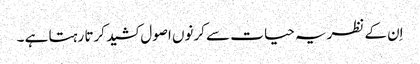
اِن کے نظریہ حیا ت سے کرنوں اصول کشید کرتا رہتا ہے ۔